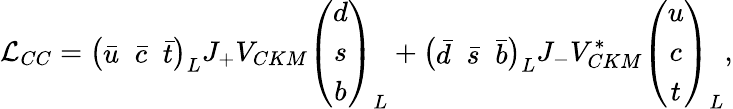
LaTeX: {\cal L}_{CC}=\left(\begin{array}{ccc}{{{\bar{u}}\; \; {\bar{c}}\; \; {\bar{t}}}}\end{array}\right)_{L}J_{+}V_{CKM}\left(\begin{array}{c}{{d}}\\ {{s}}\\ {{b}}\end{array}\right)_{L}+\left(\begin{array}{ccc}{{{\bar{d}}\; \; {\bar{s}}\; \; {\bar{b}}}}\end{array}\right)_{L}J_{-}V_{CKM}^{*}\left(\begin{array}{c}{{u}}\\ {{c}}\\ {{t}}\end{array}\right)_{L},